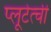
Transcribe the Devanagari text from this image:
प्लूटेत्ची